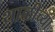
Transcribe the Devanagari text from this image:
थाळीच्या